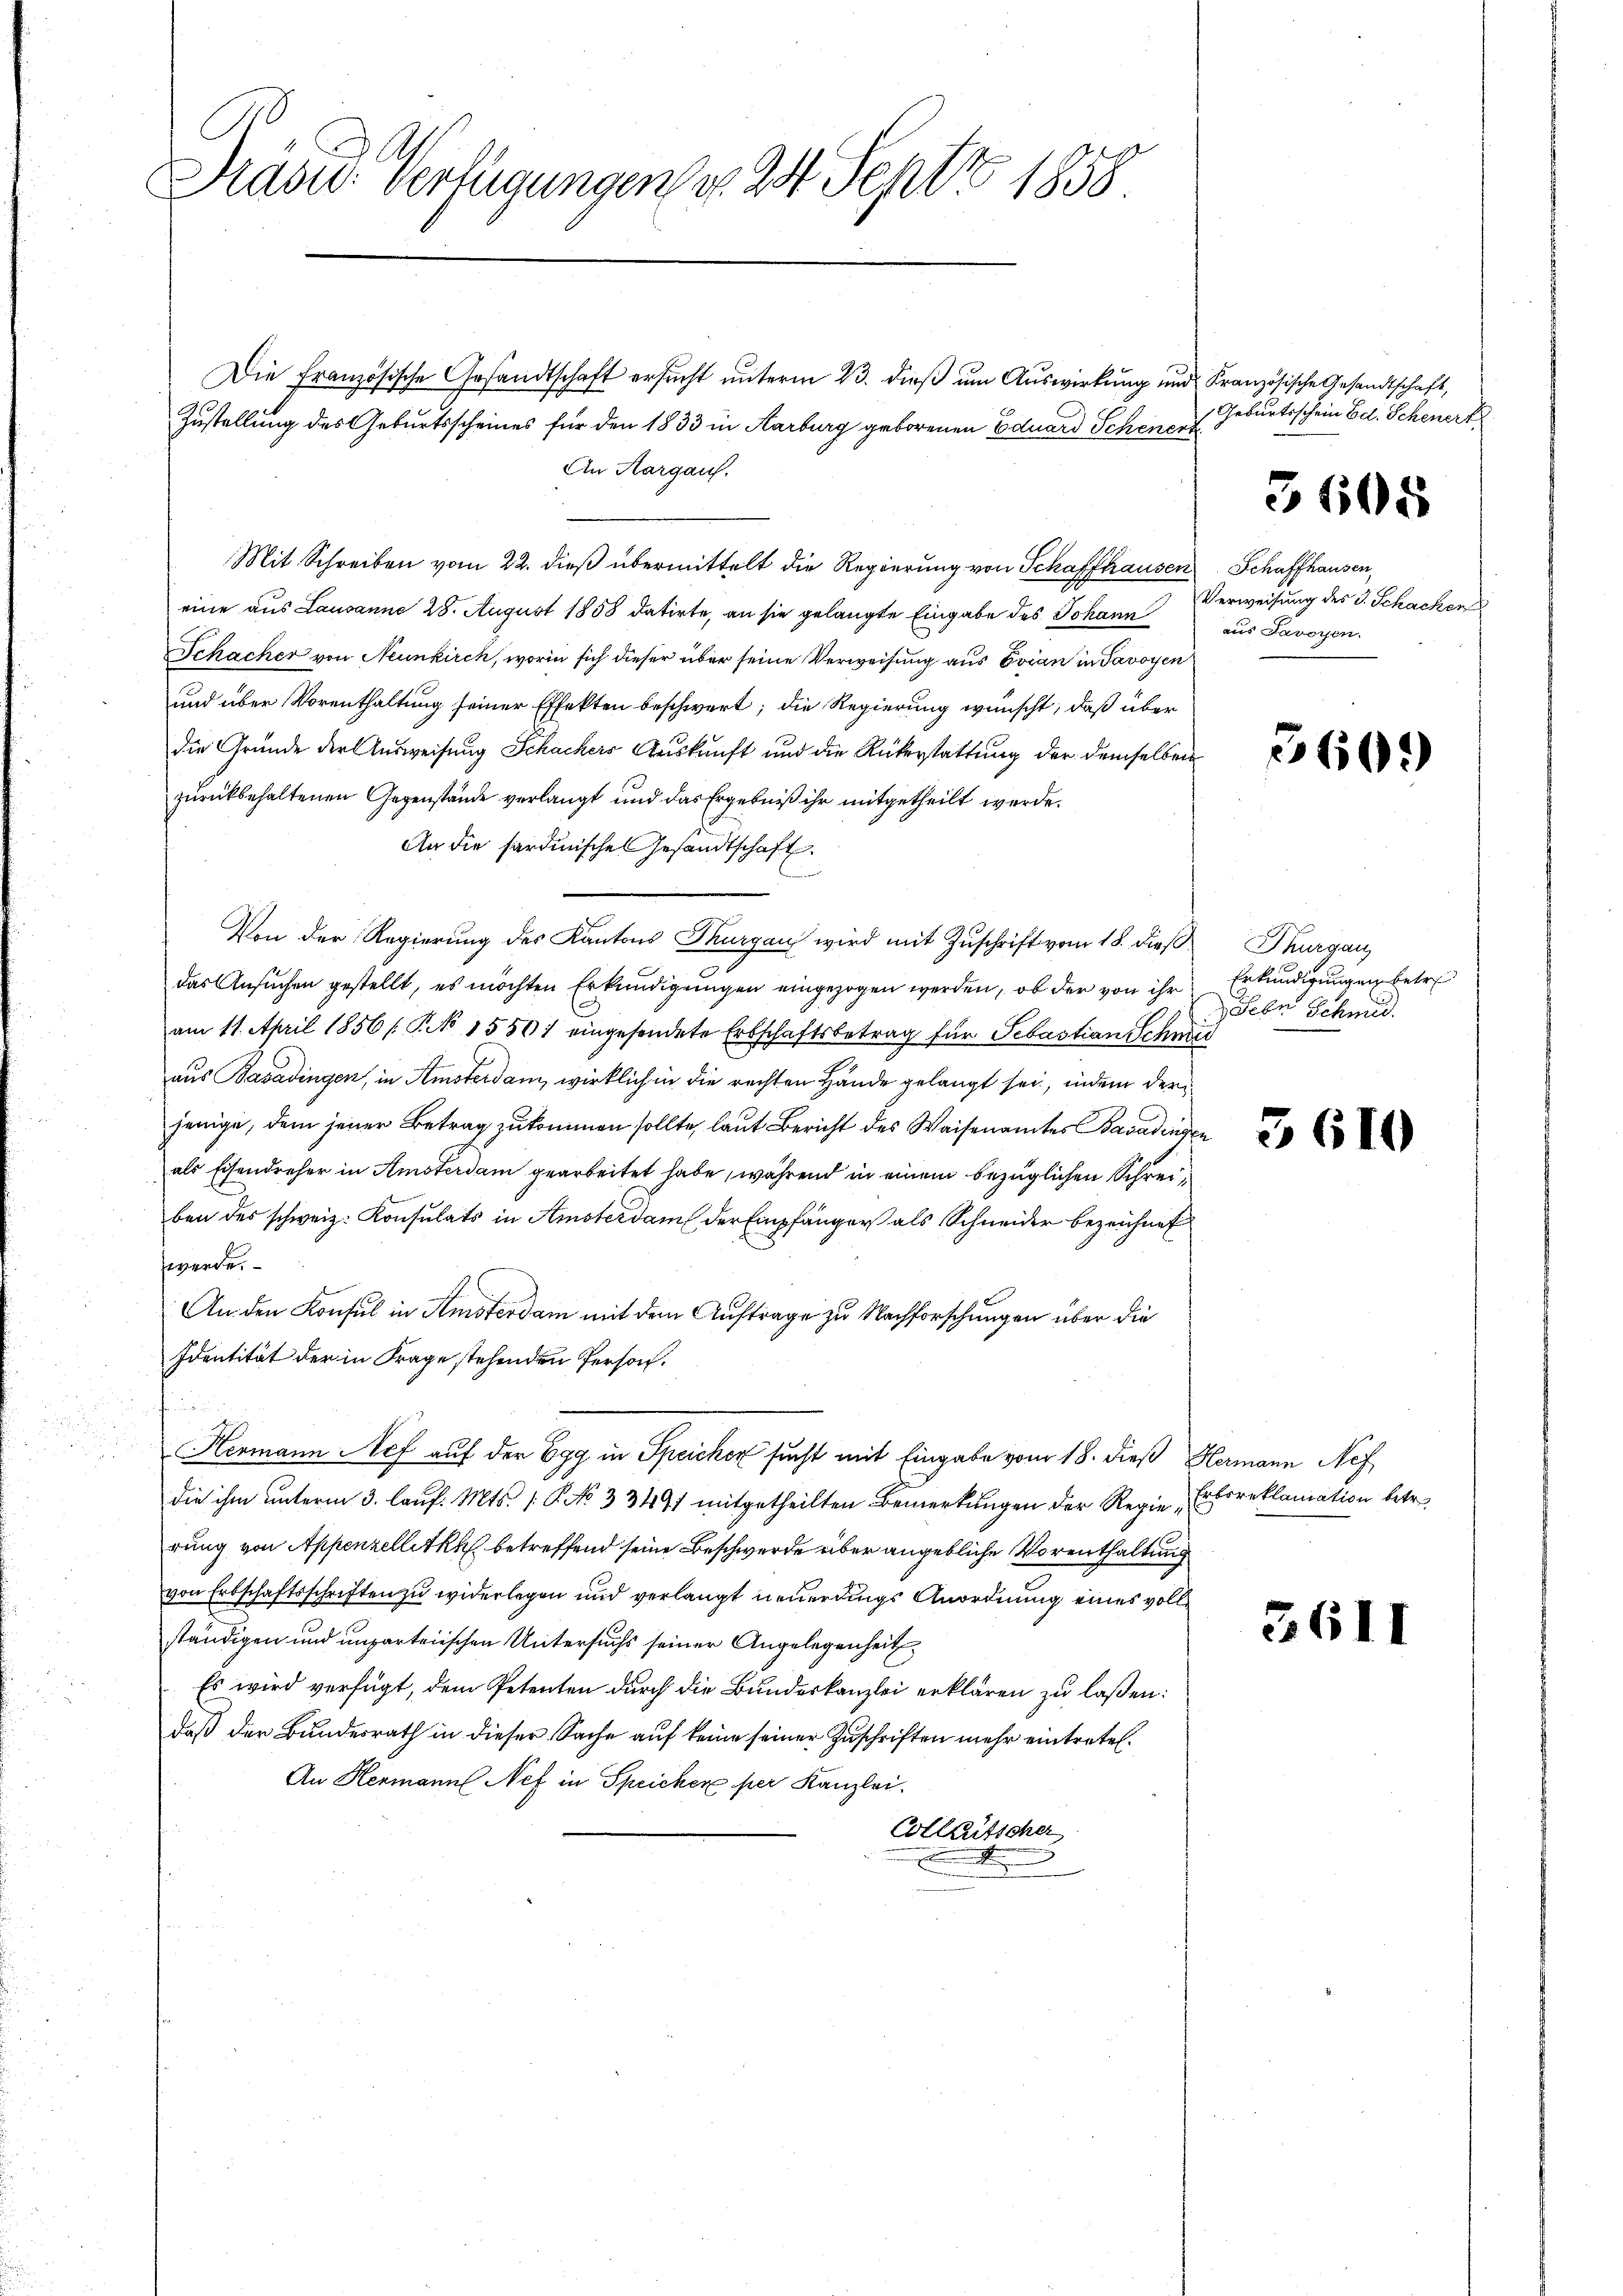
Präsid. Verfügungen d. 24. Sept 1858

Mit Schreiben vom 22. dieß übermittelt die Regierung von Schaffhausen Schaffhauser

Die Französische Gesandtschaft ersucht unterm 23. dieß um Auswirkung und Kranzösische Gesandtschaft,
Zustellung des Geburtsscheines für den 1833 in Karburg geborenen Eduard Schenerz
An Aargauf.
eine aus Lausanne 28. August 1858 datirte, an sie gelangte Eingabe des Johann
Schacher von Neunkirch, worin sich dieser über seine Verweisung aus Evian in Savoyen
und über Vorenthaltung seiner Effekten beschwert; die Regierung wünscht, daß über
die Grunde der Ausweisung Schackers Auskunft und die Rükerstattung der demselben
zurückbehaltenen Gegenstände verlangt und das Ergebniß ihr mitgetheilt werde.
An die fardinisches Gesandtschaft
Von der Regierung des Kantons Thurgau wird mit Zuschrift vom 18. dieß Thurgau
das Ansuchen gestellt, es möchten Erkundigungen eingezogen werden, ob der von ihr
am 11. April 1856 /: P. No 15501 eingesendete Erbschaftsbetrag für Sebastian Schm
aus Basadingen, in Amsterdam, wirklich in die rechten Hände gelangt sei, indem der
jenige, dem jener Betrag zukommen sollte, laut Bericht des Waisenamtes Basading
als Eisendreser in Amsterdam gearbeitet habe, während in einem bezüglichen Schreiben des schweiz. Konsulats in Amsterdam der Empfänger als Schneider bezeichnet
werde.
An den Konsul in Amsterdam mit dem Auftrage zu Nachforschungen über die
Identität der in Frage stehenden Person.
Hermann Nef auf der Egg in Speicher sucht mit Eingabe vom 18. dieß Hermann Nef
die ihm unterm 3. lauf. Mts. [§ No 33491 mitgetheilten Bemerkungen der Regie Erforeklamation betre
rung von Appenzellitz betreffend seine Beschwerde über angebliche Vorenthaltung
von Erbschaftsschriften zu widerlegen und verlangt neuerdings Anordnung eines vollständigen und unparteiischen Untersuchs seiner Angelegenheit
Es wird verfügt, dem Petenten durch die Bundeskanzlei erklären zu laßen:
daß der Bundesrath in dieser Sache auf keine seiner Zuschriften mehr eintreten.
An Hermann Nef in Speicher per Kanzlei.
Collaitscher
e

Geburtsschein Ed. Scheuert

3668

Verweisung des J. Schachen
aus Javoren.

609

Erkundigungen betre
Sebn Schmid.
f

3610

3611